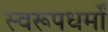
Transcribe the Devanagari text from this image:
स्वरूपधर्मों